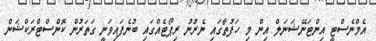
އެމްނެސްޓީ އިންޓަނޭޝަނަލް އިން މި ހަފުތާގައި ނެރުނު ރިޕޯޓެއްގައި ބުނެފައިވަނީ ގަތަރުން ކޮންސްޓްރަކްޝަން